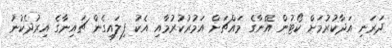
ދަރަނި އަދާކުރުމަށް ކޯޓުން އޭނާގެ މައްޗަށް އަމުރުކުރުމާއި އެކު ފިލައިގެން ޗައިނާގެ އިރުދެކުނު